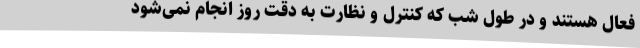
فعال هستند و در طول شب که کنترل و نظارت به دقت روز انجام نمی‌شود